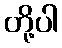
တို့ပါ